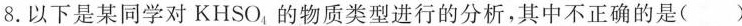
8.以下是某同学对KHSO_{4}，的物质类型进行的分析，其中不正确的是()